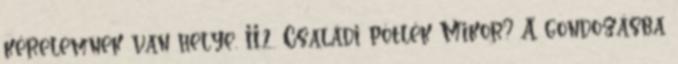
kérelemnek van helye. II.2. Családi pótlék Mikor? A gondozásba